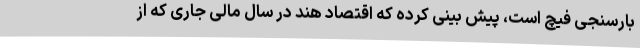
بارسنجی فیچ است، پیش بینی کرده که اقتصاد هند در سال مالی جاری که از